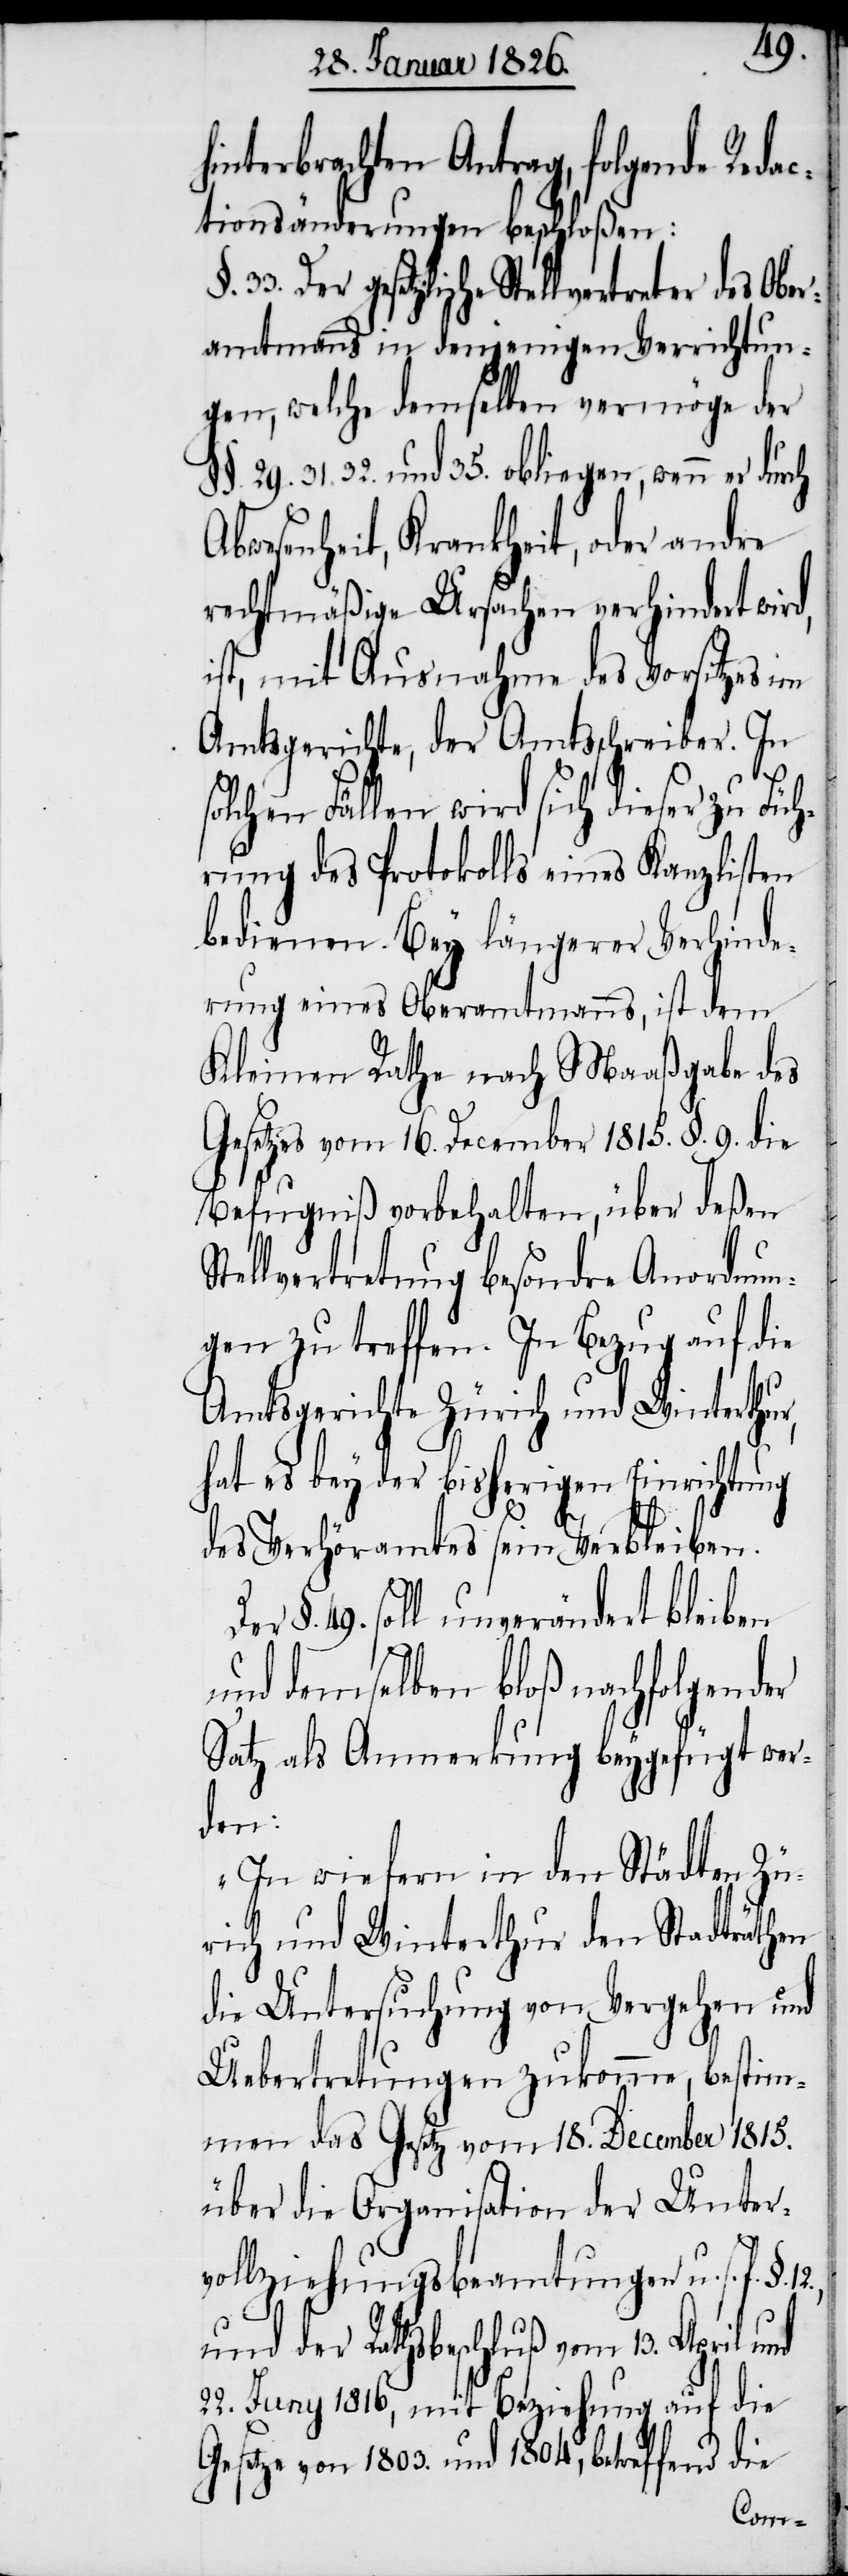
hinterbrachten Antrag, folgende Redac¬
tionsänderungen beschloßen:
Der gesetzliche Stellvertreter des Ober¬
amtmanns in denjenigen Verrichtun¬
gen, welche demselben vermöge der
29. 31. 32. und 35. obliegen, wenn er durch
Abwesenheit, Krankheit, oder andre
rechtmäßige Ursachen verhindert wird,
ist, mit Ausnahme des Vorsitzes im
Amtsgerichte, der Amtsschreiber. In
solchen Fällen wird sich dieser zu Füh¬
rung des Protokolls eines Kanzlisten
bedienen. Bey längerer Verhinde¬
rung eines Oberamtmanns, ist dem
Kleinen Rathe nach Maaßgabe des
Gesetzes vom 16. December 1815. §. 9. die
Befugniß vorbehalten, über deßen
Stellvertretung besondre Anordnun¬
gen zu treffen. In Bezug auf die
Amtsgerichte Zürich und Winterthur,
hat es bey der bisherigen Einrichtung
des Verhöramtes sein Verbleiben.
§. 49. soll unverändert bleiben
und demselben bloß nachfolgender
Satz als Anmerkung beygefügt wer¬
den:
„In wiefern in den Städten Zü¬
rich und Winterthur den Stadträthen
die Untersuchung von Vergehen und
Uebertretungen zukomme, bestim¬
men das Gesetz vom 18. December 1815.
über die Organisation der Unter¬
vollziehungsbeamtungen u. s.
und der Rathsbeschluß vom 13. April
22. Juny 1816, mit Beziehung auf die
Gesetze von 1803. und 1804, betreffend die